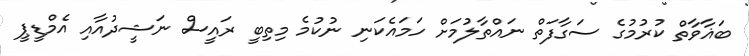
ބަޣާވާތް ކުރުމުގެ ސަގާފަތް ނައްތާލުމަށް ހަމައެކަނި ނުކުމެ މިތިބީ ރައީސް ނަޝީދުއާއި އެމްޑީޕީ